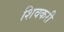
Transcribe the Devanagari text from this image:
शिवकरी